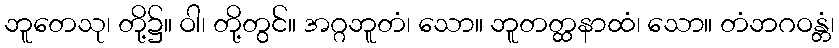
ဘူတေသု၊ တို့၌။ ဝါ၊ တို့တွင်။ အဂ္ဂဘူတံ၊ သော။ ဘူတတ္ထနာထံ၊ သော။ တံဘဂဝန္တံ၊